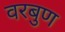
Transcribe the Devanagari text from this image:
वरबुण